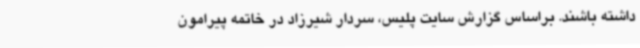
داشته باشند. براساس گزارش سایت پلیس، سردار شیرزاد در خاتمه پیرامون